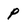
Character: P